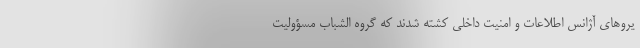
یروهای آژانس اطلاعات و امنیت داخلی کشته شدند که گروه الشباب مسؤولیت